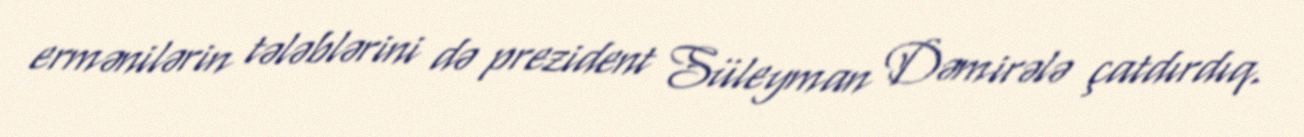
ermənilərin tələblərini də prezident Süleyman Dəmirələ çatdırdıq.